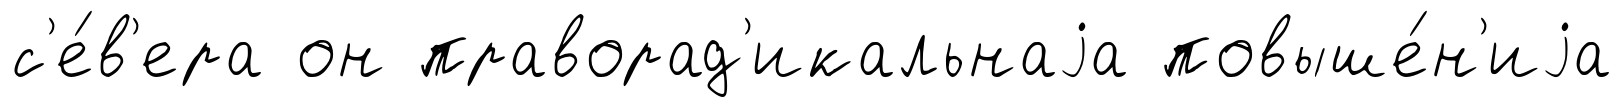
с'е́в'ера он праворад'икальнаjа повыше́н'иjа